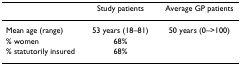
<table><thead><tr><td>[EMPTY_CELL]</td><td><b>Study patients</b></td><td><b>Average GP patients</b></td></tr></thead><tbody><tr><td>Mean age (range)</td><td>53 years (18–81)</td><td>50 years (0–&gt;100)</td></tr><tr><td>% women</td><td>68%</td><td>[EMPTY_CELL]</td></tr><tr><td>% statutorily insured</td><td>68%</td><td>[EMPTY_CELL]</td></tr></tbody></table>